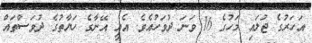
އަހަރުގެ ޖުލައި މަހުގެ 16 ވަނަ ދުވަހުއެވެ. އެއީ އޭނާގެ ހަޔާތުގެ ދުވަސްތައް